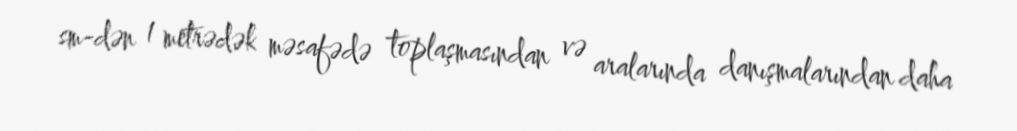
sm-dən 1 metrədək məsafədə toplaşmasından və aralarında danışmalarından daha